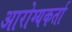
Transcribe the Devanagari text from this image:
आरोग्यकर्ता